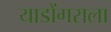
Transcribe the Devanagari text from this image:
याडोंगराला